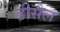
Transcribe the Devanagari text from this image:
डीसैल